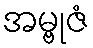
အမ္ဗုဇံ